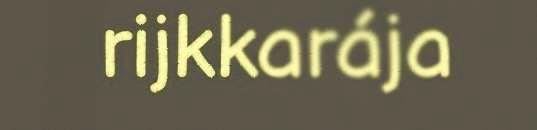
rijkkarája